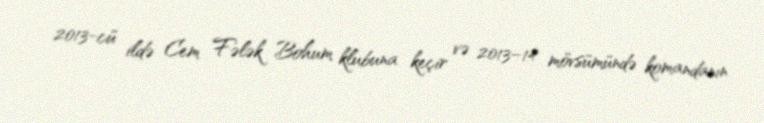
2013-cü ildə Cem Fələk Bohum klubuna keçir və 2013–14 mövsümündə komandanın